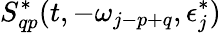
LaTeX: S_{qp}^{*}(t,-\omega_{j-p+q},\epsilon_{j}^{*})